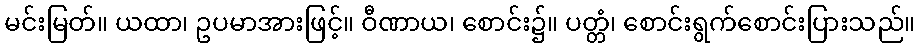
မင်းမြတ်။ ယထာ၊ ဥပမာအားဖြင့်။ ဝီဏာယ၊ စောင်း၌။ ပတ္တံ၊ စောင်းရွက်စောင်းပြားသည်။